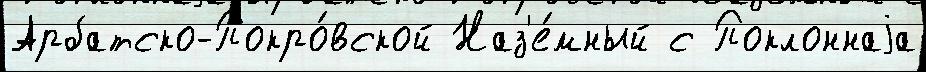
Арбатско-Покро́вской Наз'е́мный с Поклоннаjа